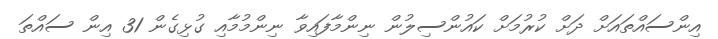
އިންސައްތައަށް ދަށް ކުރުމަށް ކައުންސިލުން ނިންމާފައިވާ ނިންމުމާއި ގުޅިގެން 31 އިން ސައްތަ